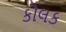
કોલક